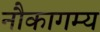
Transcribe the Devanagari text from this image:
नौकागम्य